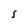
Character: S